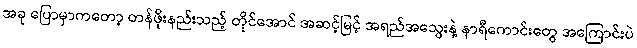
အခု ပြောမှာကတော့ တန်ဖိုးနည်းသည့် တိုင်အောင် အဆင့်မြင့် အရည်အသွေးနဲ့ နာရီကောင်းတွေ အကြောင်းပဲ